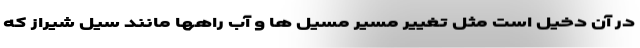
در آن دخیل است مثل تغییر مسیر مسیل ها و آب راهها مانند سیل شیراز که